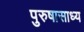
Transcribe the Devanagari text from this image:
पुरुषासाध्य